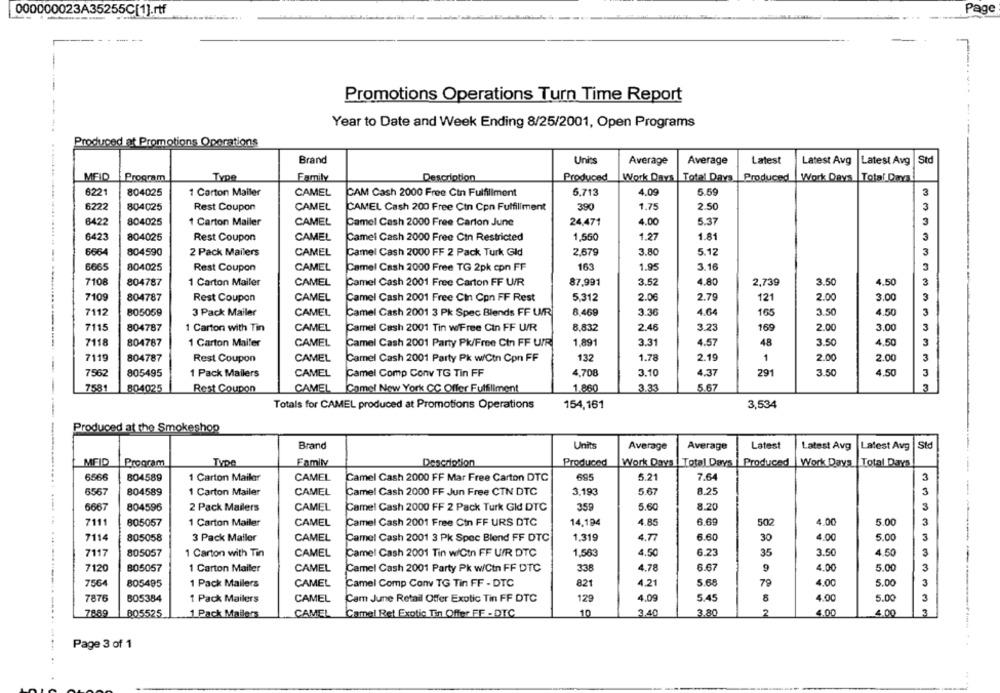
000000023A35255C[1].rtf
Page
-
Promotions Operations Turn Time Report
----
Year to Date and Week Ending 8/25/2001, Open Programs
Produced at Promotions Operations
Brand
Units
Average
Average
Latest
Latest Avg
Latest Avg
Std
MEID
Program
Type
Family
Description
Produced
Work Days
Total Days
Produced
Work Days |Total Days
6221
804025
1 Carton Mailer
CAMEL
CAM Cash 2000 Free Cin Fulfillment
5,713
4.09
5.59
3
6222
804025
Rest Coupon
CAMEL
CAMEL Cash 200 Free Ctn Con Fulfillment
390
1.75
2.50
3
6422
804025
1 Carton Mailer
CAMEL
24,471
4.00
5.37
Camel Cash 2000 Free Carton June
6423
1.81
3
804025
Rest Coupon
CAMEL
Camel Cash 2000 Free Cin Restricted
1,550
1.27
6664
804590
2 Pack Mailers
CAMEL
Camel Cash 2000 FF 2 Pack Turk Gld
2,679
3.80
5.12
3
6665
804025
Rest Coupon
CAMEL
Camel Cash 2000 Free TG 2pk con FF
163
1.95
3.16
3
7108
804787
1 Carton Mailer
CAMEL
Camel Cash 2001 Free Carton FF U/R
87,991
3.52
4.80
2,739
3.50
4.50
3
7109
804787
Rest Coupon
CAMEL
Camel Cash 2001 Free Cin Con FF Rest
5.312
2.06
2.79
121
2.00
3.00
3
7112
805059
3 Pack Mailer
CAMEL
8 469
3.36
4.64
165
3.50
4.50
3
Camel Cash 2001 3 Pk Spec Blends FF UR
3.23
169
3
7115
804787
1 Carton with Tin
CAMEL
Camel Cash 2001 Tin w/Free Cin FF U/R
8,832
2.46
2.00
3.00
7118
804787
1 Carton Mailer
CAMEL
Camel Cash 2001 Party Pk/Free Cin FF UR
1,891
3.31
4.57
48
3.50
4,50
3
7119
804787
Rest Coupon
CAMEL
Camel Cash 2001 Party Pk w/Ctn Con FF
132
1.78
2.19
1
2.00
2.00
3
7562
805495
1 Pack Mailers
CAMEL
Camel Comp Conv TG Tin FF
4,708
3.10
4.37
291
3.50
4.50
3
7581
804025
CAMEL
Camel New York CC Offer Fulfillment
1.860
3.33
5.67
3
Rest Coupon
Totals for CAMEL produced at Promotions Operations
154,161
3,534
Produced at the Smokeshop
Brand
Units
Average
Average
Latest
Latest Avg
Latest Avg |Std
MEID
Program
Type
Family
Description
Produced
Work Days | Total Days | Produced |Work Days |Total Days
6566
BO4589
1 Carton Mailer
CAMEL
Camel Cash 2000 FF Mar Free Carton DTC
695
5.21
7.64
3
6567
804589
1 Carton Mailer
CAMEL
Camel Cash 2000 FF Jun Free CTN DTC
3.193
5.67
8.25
3
804596
359
8.20
3
6667
2 Pack Mailers
CAMEL
Camel Cash 2000 FF 2 Pack Turk Gid DTC
5.60
7111
805057
1 Carton Mailer
CAMEL
Camel Cash 2001 Free Ctn FF URS DTC
14,194
4.85
6.69
502
4.00
5.00
3
7114
805058
3 Pack Mallor
CAMEL
Camel Cash 2001 3 Pk Spec Blend FF DTC
1.319
4.77
6.60
30
4.00
5.00
3
7117
805057
1 Carton with Tin
CAMEL
Camel Cash 2001 Tin w/Ctn FF U/R DTC
1,563
4.50
6.23
35
3.50
4.50
3
-
7120
805057
1 Carton Mailer
CAMEL
Camel Cash 2001 Party Pk w/Ctn FF DTC
338
4.78
6.67
9
4.00
5.00
3
7564
CAMEL
821
4.21
5.68
4.00
5.00
3
805495
1 Pack Mailers
Camel Comp Conv TG Tin FF - DTC
79
7876
605384
1 Pack Mailers
CAMEL
Cam June Retail Offer Exotic Tin FF DTC
129
4.09
5.45
4.00
5.00
3
7889
805525
1 Pack Mailers
CAMEL Camel Ret Exotic Tin Offer FF - DTC
10
3.40
3.80
4.00
4.00
3
Page 3 of 1
..